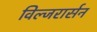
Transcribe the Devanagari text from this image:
विल्जरार्सन